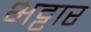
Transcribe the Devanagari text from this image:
भट्टार